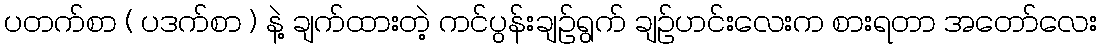
ပတက်စာ ( ပဒက်စာ ) နဲ့ ချက်ထားတဲ့ ကင်ပွန်းချဉ်ရွက် ချဉ်ဟင်းလေးက စားရတာ အတော်လေး